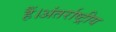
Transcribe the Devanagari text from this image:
हैं।अंतर्राष्ट्रीय